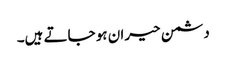
دشمن حیران ہو جاتے ہیں۔